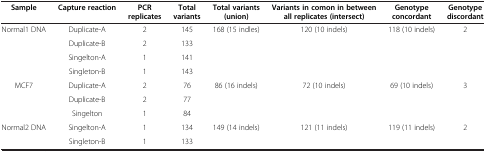
| Sample | Capture reaction | PCR replicates | Total variants | Total variants (union) | Variants in comon in between all replicates (intersect) | Genotype concordant | Genotype discordant |
 | --- | --- | --- | --- | --- | --- | --- | --- |
 | Normal1 DNA | Duplicate-A | 2 | 145 | 168 (15 indles) | 120 (10 indels) | 118 (10 indels) | 2 |
 |  | Duplicate-B | 2 | 133 |  |  |  |  |
 |  | Singelton-A | 1 | 141 |  |  |  |  |
 |  | Singleton-B | 1 | 143 |  |  |  |  |
 | MCF7 | Duplicate-A | 2 | 76 | 86 (16 indels) | 72 (10 indels) | 69 (10 indels) | 3 |
 |  | Duplicate-B | 2 | 77 |  |  |  |  |
 |  | Singelton | 1 | 84 |  |  |  |  |
 | Normal2 DNA | Singelton-A | 1 | 134 | 149 (14 indels) | 121 (11 indels) | 119 (11 indels) | 2 |
 |  | Singleton-B | 1 | 133 |  |  |  |  |